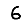
Digit: 6